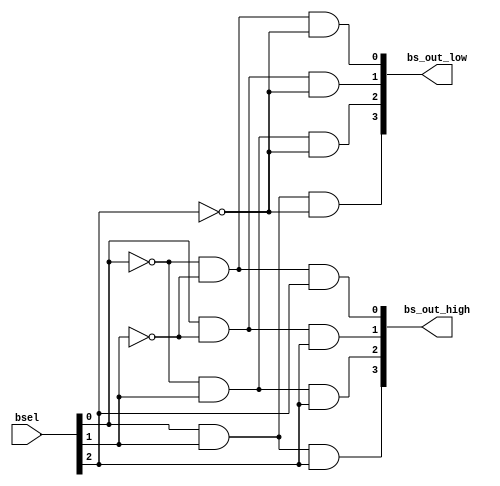
// This program was cloned from: https://github.com/ManuFerHi/N-GO
// License: GNU General Public License v3.0

// Copyright (C) 1991-2013 Altera Corporation
// Your use of Altera Corporation's design tools, logic functions 
// and other software and tools, and its AMPP partner logic 
// functions, and any output files from any of the foregoing 
// (including device programming or simulation files), and any 
// associated documentation or information are expressly subject 
// to the terms and conditions of the Altera Program License 
// Subscription Agreement, Altera MegaCore Function License 
// Agreement, or other applicable license agreement, including, 
// without limitation, that your use is for the sole purpose of 
// programming logic devices manufactured by Altera and sold by 
// Altera or its authorized distributors.  Please refer to the 
// applicable agreement for further details.

// PROGRAM		"Quartus II 64-Bit"
// VERSION		"Version 13.0.1 Build 232 06/12/2013 Service Pack 1 SJ Web Edition"
// CREATED		"Mon Oct 13 12:21:31 2014"

module alu_bit_select(
	bsel,
	bs_out_high,
	bs_out_low
);


input wire	[2:0] bsel;
output wire	[3:0] bs_out_high;
output wire	[3:0] bs_out_low;

wire	[3:0] bs_out_high_ALTERA_SYNTHESIZED;
wire	[3:0] bs_out_low_ALTERA_SYNTHESIZED;
wire	SYNTHESIZED_WIRE_12;
wire	SYNTHESIZED_WIRE_13;
wire	SYNTHESIZED_WIRE_14;




assign	bs_out_low_ALTERA_SYNTHESIZED[0] = SYNTHESIZED_WIRE_12 & SYNTHESIZED_WIRE_13 & SYNTHESIZED_WIRE_14;

assign	bs_out_low_ALTERA_SYNTHESIZED[1] = bsel[0] & SYNTHESIZED_WIRE_13 & SYNTHESIZED_WIRE_14;

assign	bs_out_low_ALTERA_SYNTHESIZED[2] = SYNTHESIZED_WIRE_12 & bsel[1] & SYNTHESIZED_WIRE_14;

assign	bs_out_low_ALTERA_SYNTHESIZED[3] = bsel[0] & bsel[1] & SYNTHESIZED_WIRE_14;

assign	bs_out_high_ALTERA_SYNTHESIZED[0] = SYNTHESIZED_WIRE_12 & SYNTHESIZED_WIRE_13 & bsel[2];

assign	bs_out_high_ALTERA_SYNTHESIZED[1] = bsel[0] & SYNTHESIZED_WIRE_13 & bsel[2];

assign	bs_out_high_ALTERA_SYNTHESIZED[2] = SYNTHESIZED_WIRE_12 & bsel[1] & bsel[2];

assign	bs_out_high_ALTERA_SYNTHESIZED[3] = bsel[0] & bsel[1] & bsel[2];

assign	SYNTHESIZED_WIRE_12 =  ~bsel[0];

assign	SYNTHESIZED_WIRE_13 =  ~bsel[1];

assign	SYNTHESIZED_WIRE_14 =  ~bsel[2];

assign	bs_out_high = bs_out_high_ALTERA_SYNTHESIZED;
assign	bs_out_low = bs_out_low_ALTERA_SYNTHESIZED;

endmodule